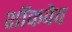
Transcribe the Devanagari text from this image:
शॉकवेव